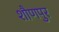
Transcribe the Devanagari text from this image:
शौणपुर